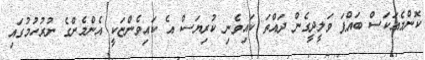
ކޮންމެއަކަސް ބައްޕަ ވަލީދީގެން ދައްތަ ކައިވެނި ކުރިޔަސް އެ ކައިވެންޏަކީ އެންމެންގެ ނުރުހުމުގައި